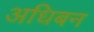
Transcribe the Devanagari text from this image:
अधिबन